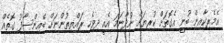
އެމެރިކާއިން ބުނީ އެގޮތަށް ކުރިޔަށް ނުދާނަމަ އެއީ ދިވެހި ރައްޔިތުންނަށް ބޭއިންސާފު ގޮތެއް